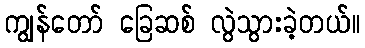
ကျွန်တော် ခြေဆစ် လွဲသွားခဲ့တယ်။